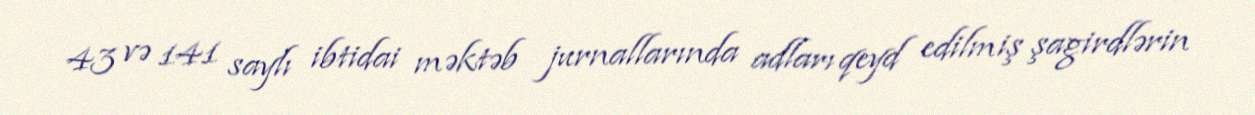
43 və 141 saylı ibtidai məktəb jurnallarında adları qeyd edilmiş şagirdlərin